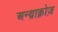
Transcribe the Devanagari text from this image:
अन्थ्राक्नोज़